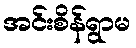
အင်းစိန်ရွာမ